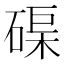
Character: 𥓼